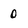
Character: 0